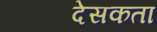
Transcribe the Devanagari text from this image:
देसकता